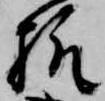
様